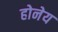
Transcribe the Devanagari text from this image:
होनेय